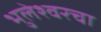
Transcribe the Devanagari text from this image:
भुलेश्वरचा